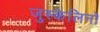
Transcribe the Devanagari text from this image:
जुस्केलिनो